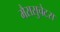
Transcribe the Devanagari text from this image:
मैससुचेटस